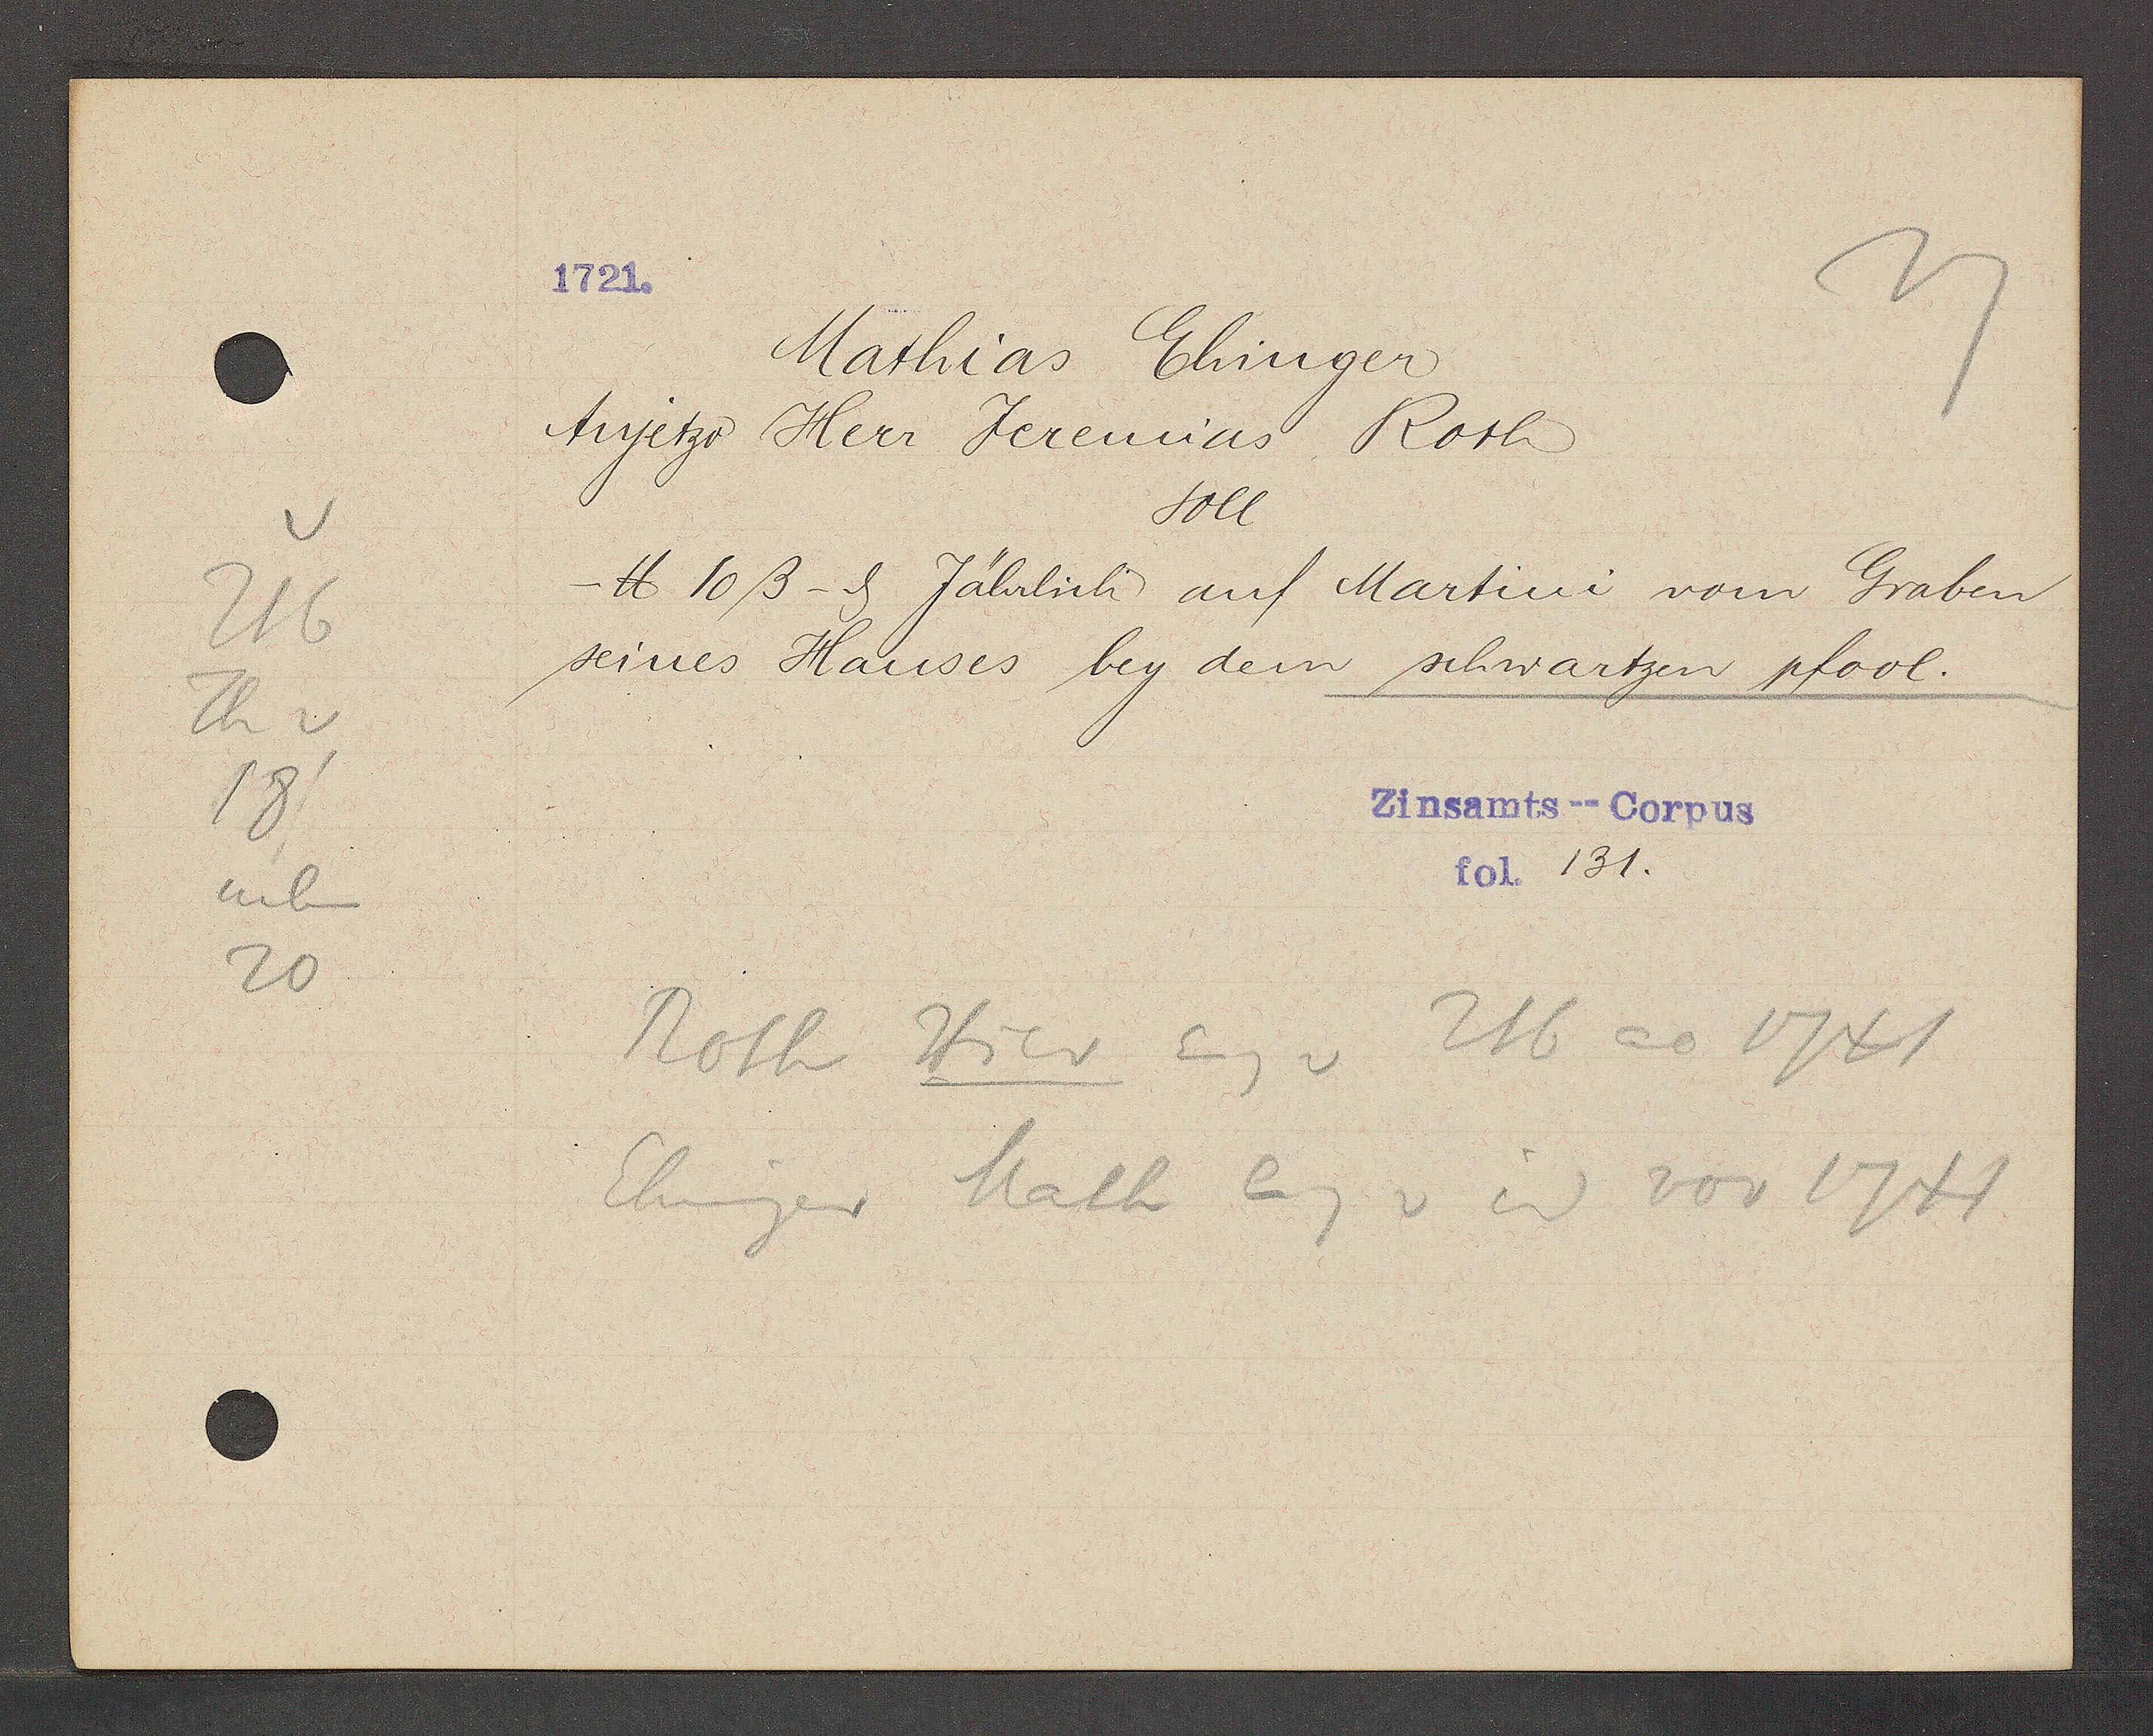
Transcript:
216
Th v
neben
20

1721.

Mathias Ehinger
Anjetzo Herr Jeremias Roth
soll
℔ 10ß - ȡ Jährlich auf Martini vom Graben
seines Hauses bey dem schwartzen pfool.

Zinsamts--Corpus
fol. 131.

Roth Hier Eg v 216 ao 1741
Ehinger Math Eg v id vor 1741